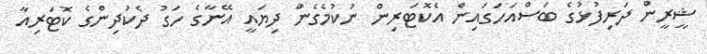
ޝީރީން ދަރިފުޅުގެ ބަސްއަހަގައިން އެކޮޓަރިން ނުކުމެގެން ދިޔައީ އޭނާގެ ހަގު ދެކުދިންގެ ކޮޓަރިއާ